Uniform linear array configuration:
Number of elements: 12
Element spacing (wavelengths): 0.75
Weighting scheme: blackman
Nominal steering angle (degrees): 45
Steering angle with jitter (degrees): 45.033
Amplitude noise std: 0.05
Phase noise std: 0.05

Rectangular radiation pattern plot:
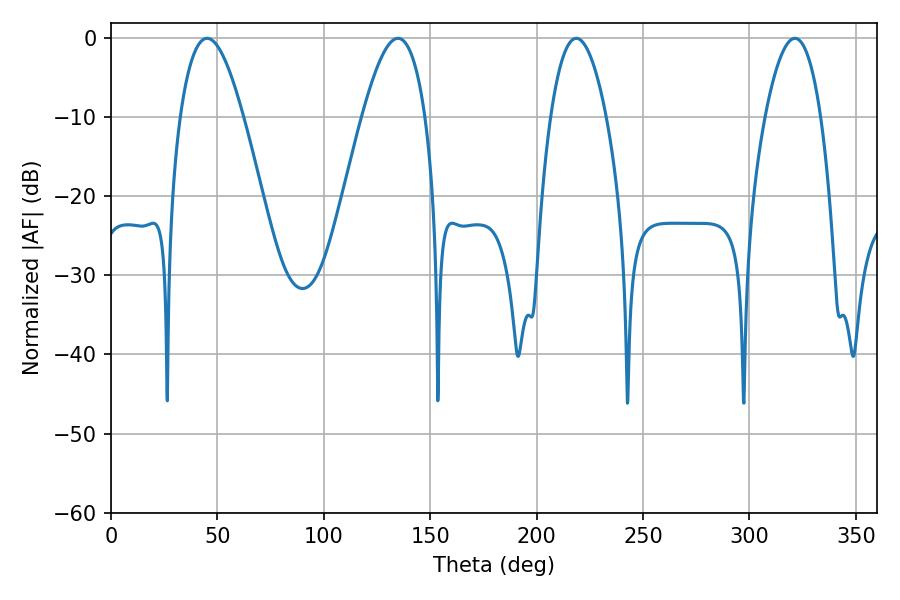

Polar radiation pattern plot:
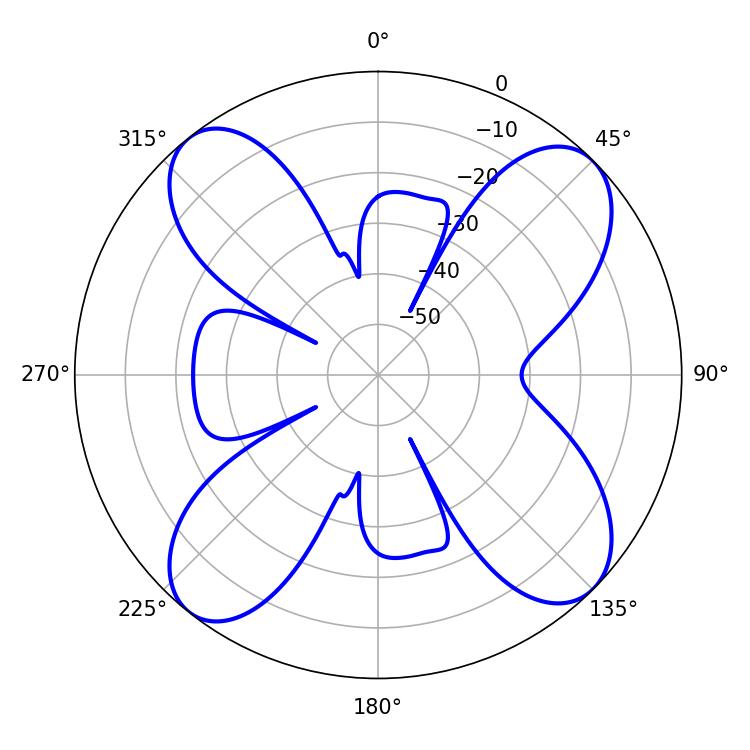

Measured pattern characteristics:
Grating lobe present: TRUE
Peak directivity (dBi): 13.084
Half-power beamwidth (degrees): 16.02
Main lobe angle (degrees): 45.18